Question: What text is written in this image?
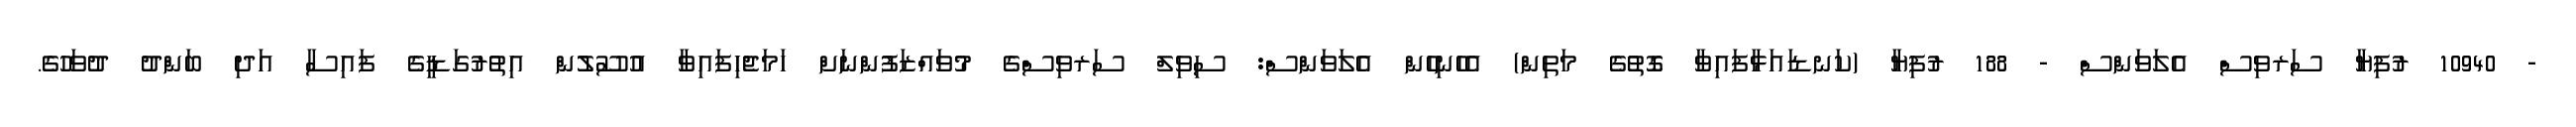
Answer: - 10940 ރުފިޔާ ސަރވިސް އެލަވަންސް - 188 ރުފިޔާ (ކަނޑައަޅާފައިވާ ގޮތުގެ މަތިން) އެހެނިހެން އެލަވަންސް: ސިވިލް ސަރވިސްގެ މުވައްޒަފުންނަށް ހަމަޖެހިފައިވާ އުސޫލުން އިތުރުގަޑީގެ ފައިސާ އަދި ބަންދު ދުވަހުގެ.